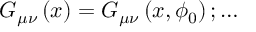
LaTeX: G _ { \mu \nu } \left( x \right) = G _ { \mu \nu } \left( x , \phi _ { 0 } \right) ; \ldots